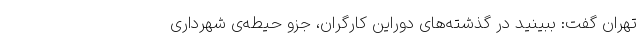
تهران گفت: ببینید در گذشته‌های دوراین کارگران، جزو حیطه‌ی شهرداری